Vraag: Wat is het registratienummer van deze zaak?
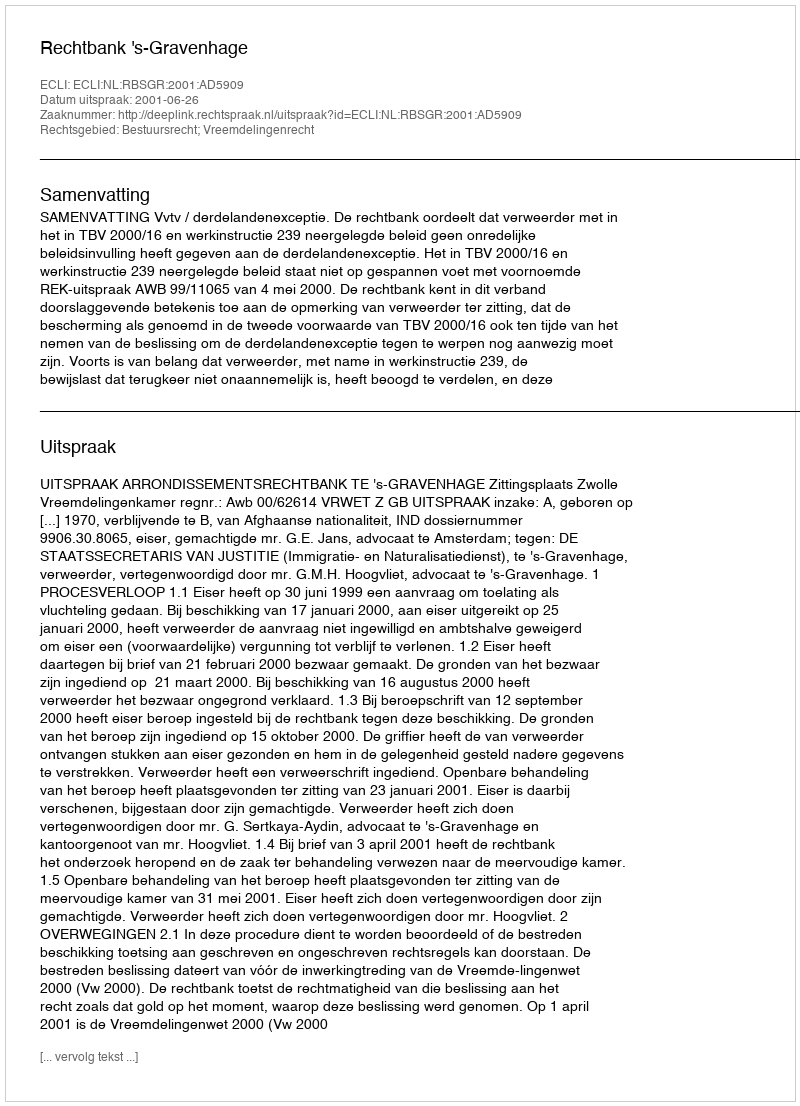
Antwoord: http://deeplink.rechtspraak.nl/uitspraak?id=ECLI:NL:RBSGR:2001:AD5909